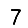
Digit: 7